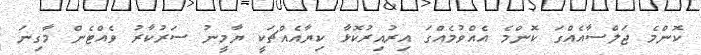
ކޮންމެ ޖަލްސާއެއްގަ ކޮންމެ އެއްވުމެއްގަ އިރުއިރުކޮޅާ ކިޔާއެއްޗަކީ ޔާމީނު ސަރުކާރު ވެއްޓެން މާގިނަ